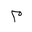
Letter: _mim